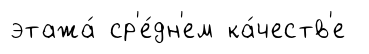
этажа́ ср'е́дн'ем ка́честв'е